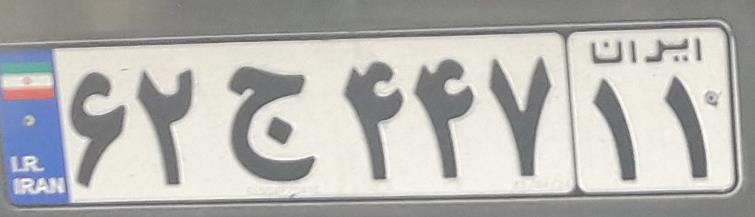
۶۲ج۴۴۷۱۱